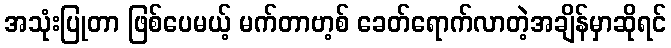
အသုံးပြုတာ ဖြစ်ပေမယ့် မက်တာဗာ့စ် ခေတ်ရောက်လာတဲ့အချိန်မှာဆိုရင်